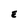
Character: E